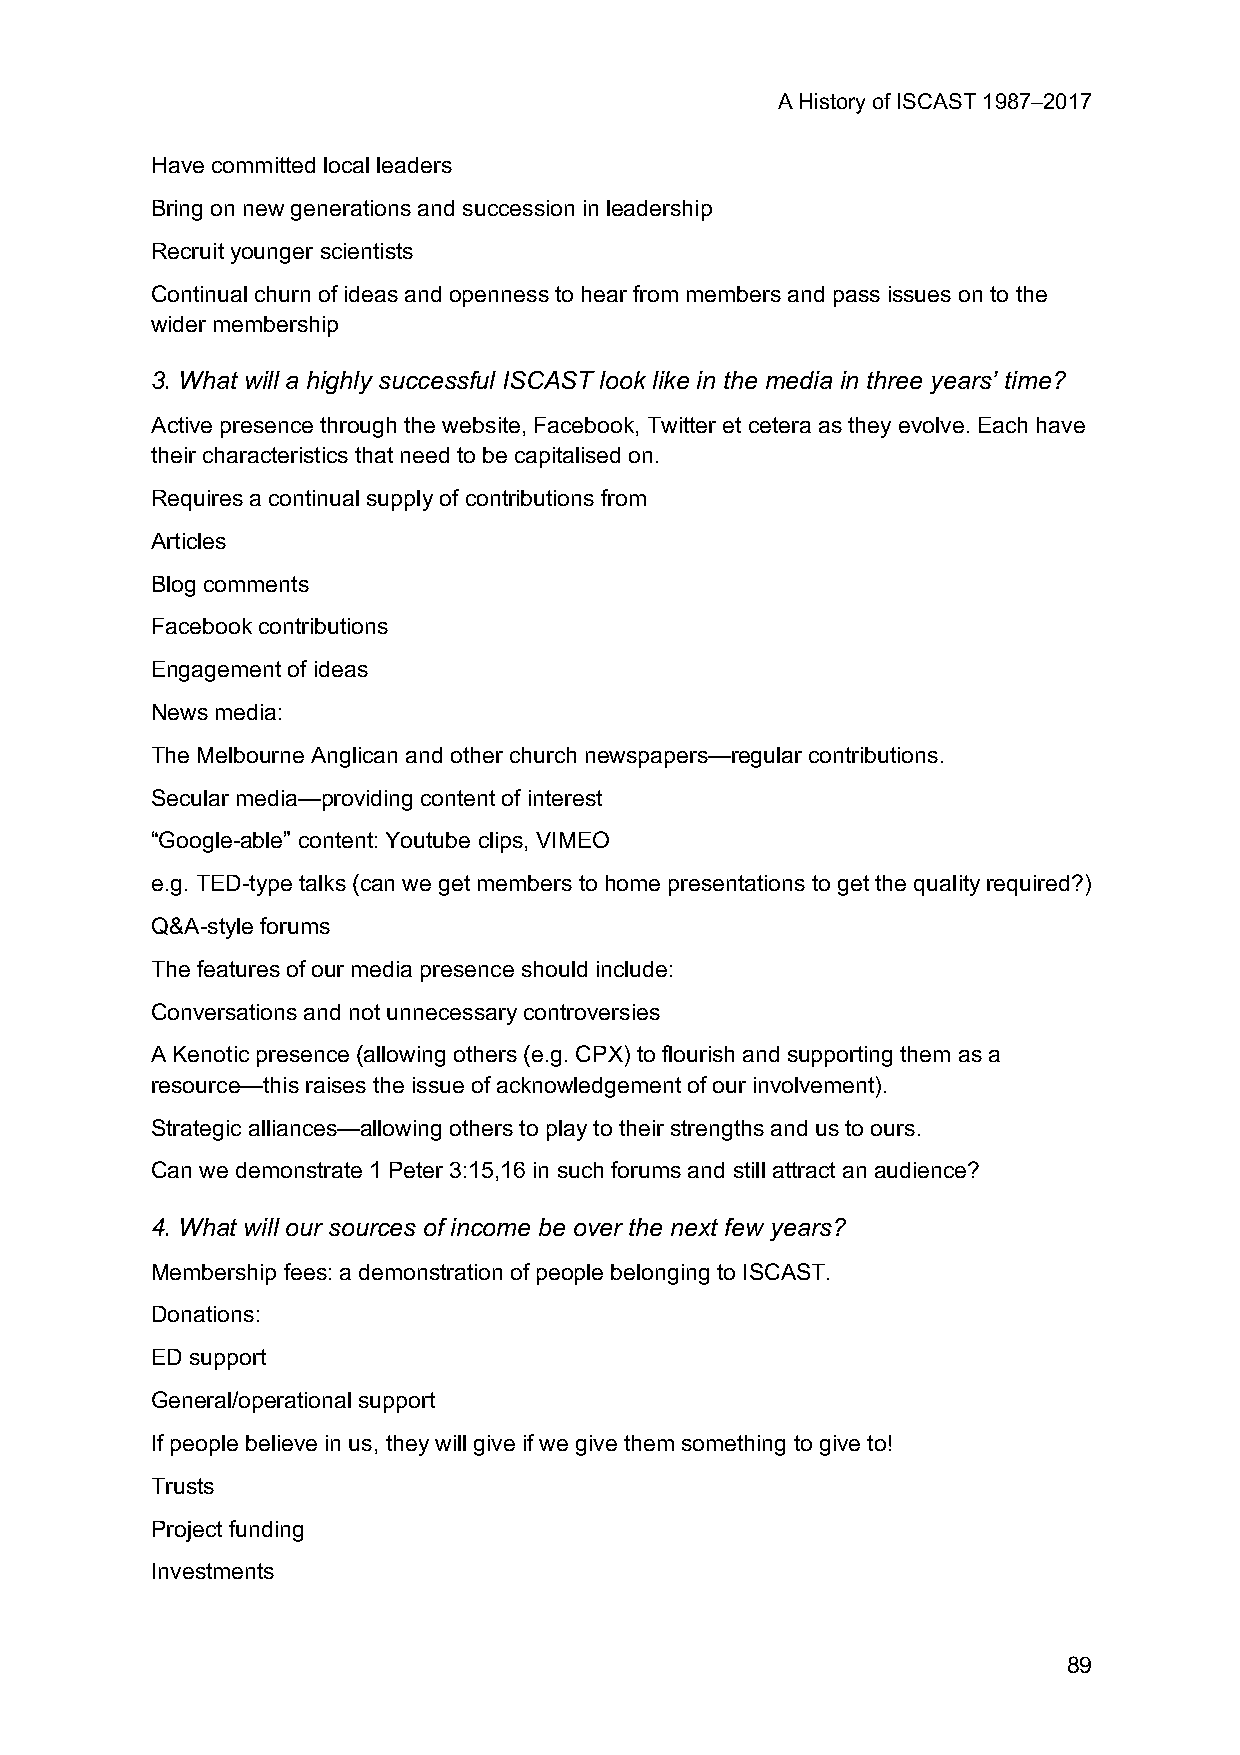
A History of ISCAST 1987–2017
 Have committed local leaders
 Bring on new generations and succession in leadership
 Recruit younger scientists
 Continual churn of ideas and openness to hear from members and pass issues on to the
 wider membership
 3. What will a highly successful ISCAST look like in the media in three years’ time?
 Active presence through the website, Facebook, Twitter et cetera as they evolve. Each have
 their characteristics that need to be capitalised on.
 Requires a continual supply of contributions from
 Articles
 Blog comments
 Facebook contributions
 Engagement of ideas
 News media:
 The Melbourne Anglican and other church newspapers—regular contributions.
 Secular media—providing content of interest
 “Google-able” content: Youtube clips, VIMEO
 e.g. TED-type talks (can we get members to home presentations to get the quality required?)
 Q&A-style forums
 The features of our media presence should include:
 Conversations and not unnecessary controversies
 A Kenotic presence (allowing others (e.g. CPX) to flourish and supporting them as a
 resource—this raises the issue of acknowledgement of our involvement).
 Strategic alliances—allowing others to play to their strengths and us to ours.
 Can we demonstrate 1 Peter 3:15,16 in such forums and still attract an audience?
 4. What will our sources of income be over the next few years?
 Membership fees: a demonstration of people belonging to ISCAST.
 Donations:
 ED support
 General/operational support
 If people believe in us, they will give if we give them something to give to!
 Trusts
 Project funding
 Investments
 89